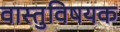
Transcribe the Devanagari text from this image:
वास्तुविषयक